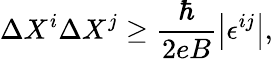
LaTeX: \Delta X^{i}\Delta X^{j}\geq\frac{\hbar}{2eB}\left|\epsilon^{ij}\right|,